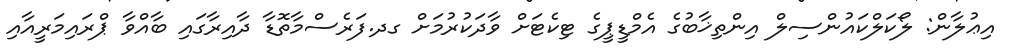
އިޢުލާން: ލޯކަލްކައުންސިލް އިންތިޚާބުގެ އެމްޑީޕީގެ ޓިކެޓަށް ވާދަކުރުމަށް ގދ.ފަރެސްމާތޮޑާ ދާއިރާގައި ބާއްވާ ޕްރައިމަރީއާއި